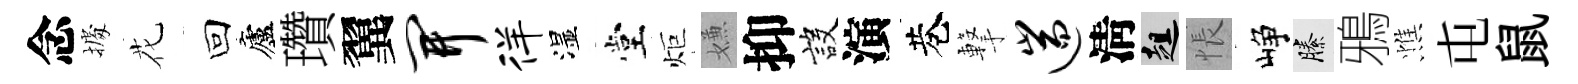
念𢴃花回廬瓚翼开徉湿堂炬嫌抑設演巷撃遄淸趄悵峥縢鴉憔屯鼠